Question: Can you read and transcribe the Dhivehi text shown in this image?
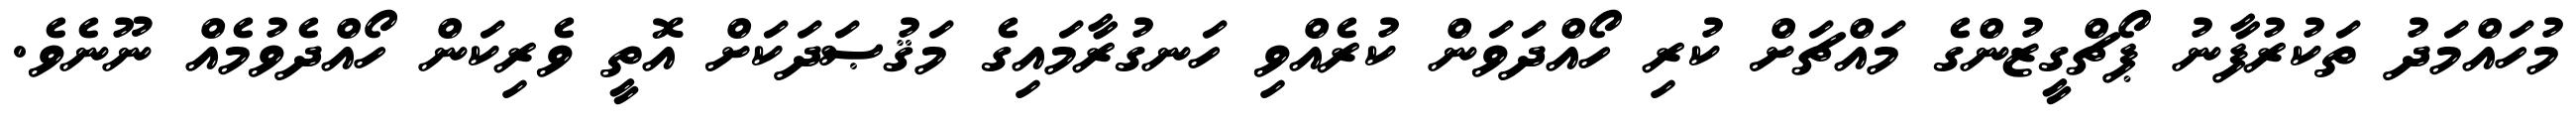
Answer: މުހައްމަދު ތަކުރުފާނު ޕޯޗްގީޒުންގެ މައްޗަށް ކުރި ހޯއްދަވަން ކުރެއްވި ހަނގުރާމައިގެ މަޤުޞަދަކަށް އޮތީ ވެރިކަން ހޯއްދެވުމެއް ނޫނެވެ.